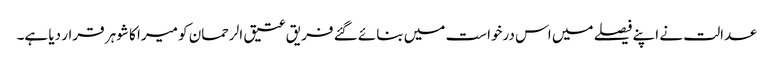
عدالت نے اپنے فیصلے میں اس درخواست میں بنائے گئے فریق عتیق الرحمان کو میرا کا شوہر قرار دیا ہے۔